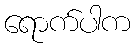
ရောက်ပါက